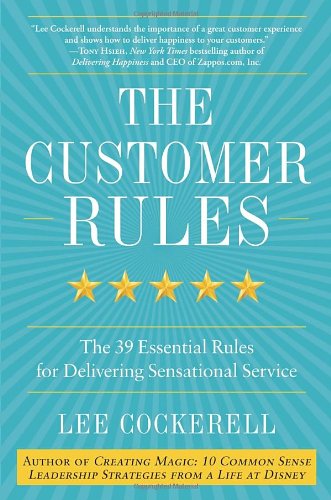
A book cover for The Customer Rules: The 39 Essential Rules for Delivering Sensational Service; Lee Cockerell; Business & Money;